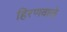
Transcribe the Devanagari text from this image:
हिरणवाळे